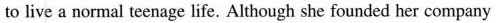
to live a normal teenage life. Although she founded her company